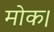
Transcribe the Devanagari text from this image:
मोक।